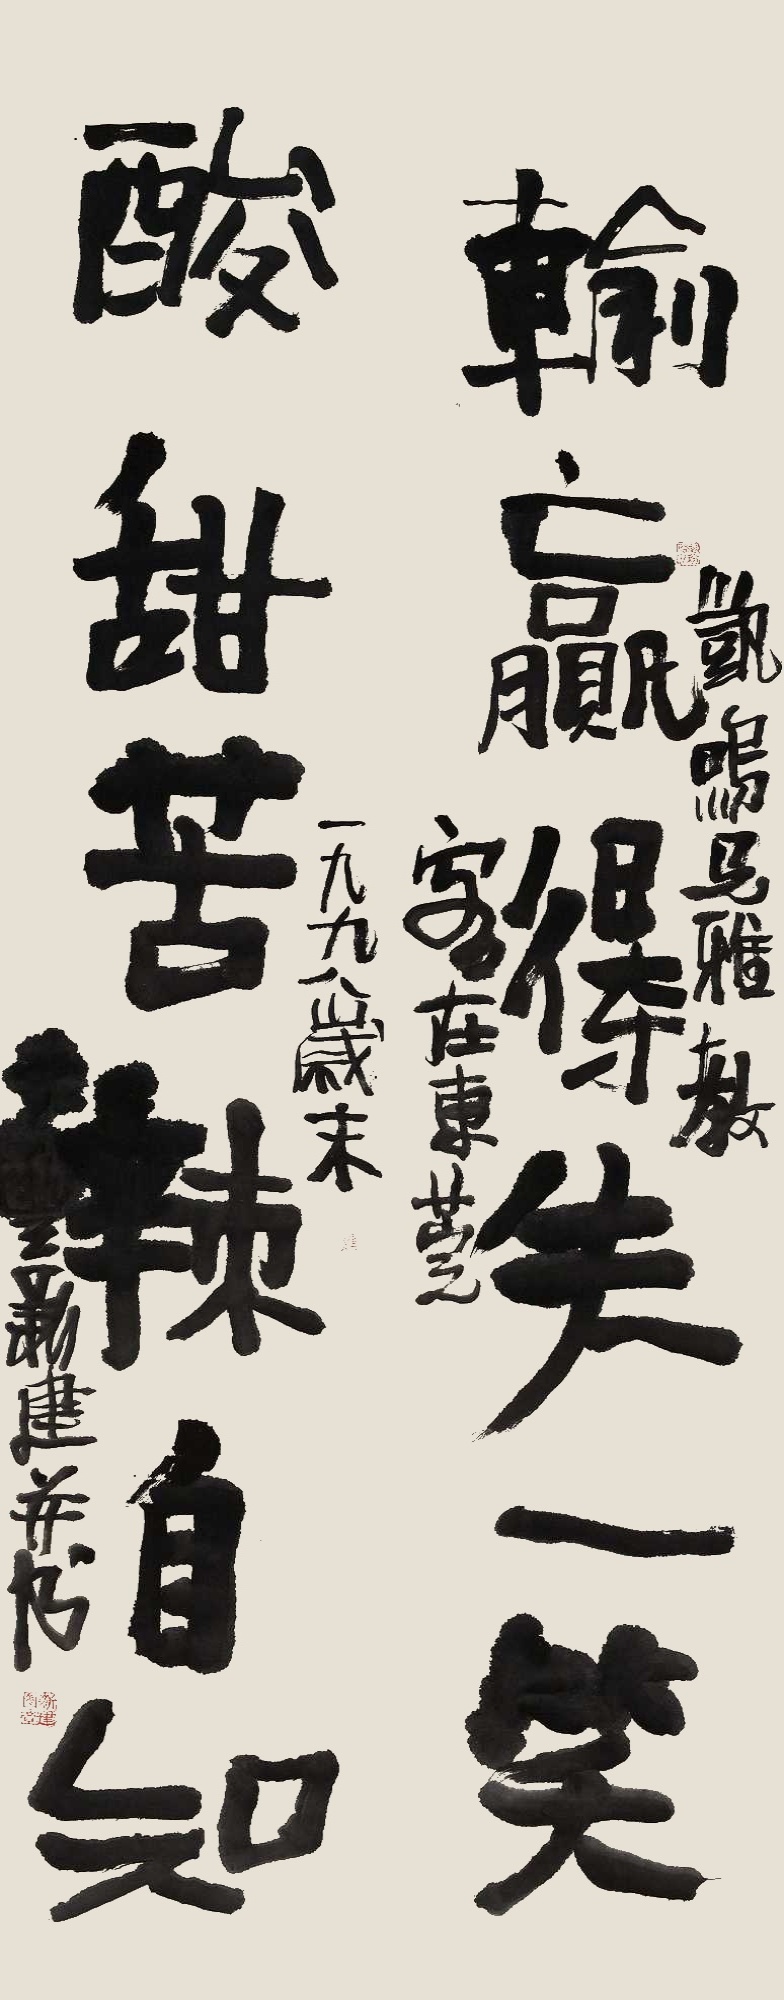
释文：输赢得失一笑，酸甜苦辣自知。凯鸣兄雅教，客在东莞。一九九八岁末，大丰新建并书。